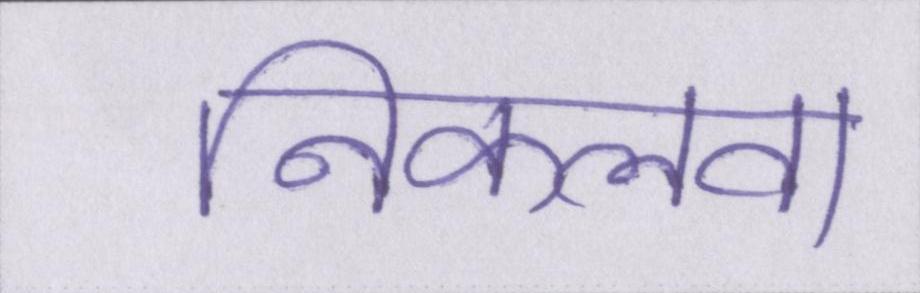
निकलवा